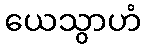
ယေသွာဟံ